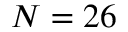
N = 2 6